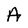
Character: A